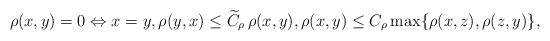
LaTeX: \begin{align*}\rho(x,y)=0\Leftrightarrow x=y,\rho(y,x)\leq \widetilde{C}_\rho\,\rho(x,y),\rho(x,y)\leq C_\rho\max\{\rho(x,z),\rho(z,y)\},\end{align*}